Sketch of the medical history of the native army of Bombay, for the year
Year: 1872
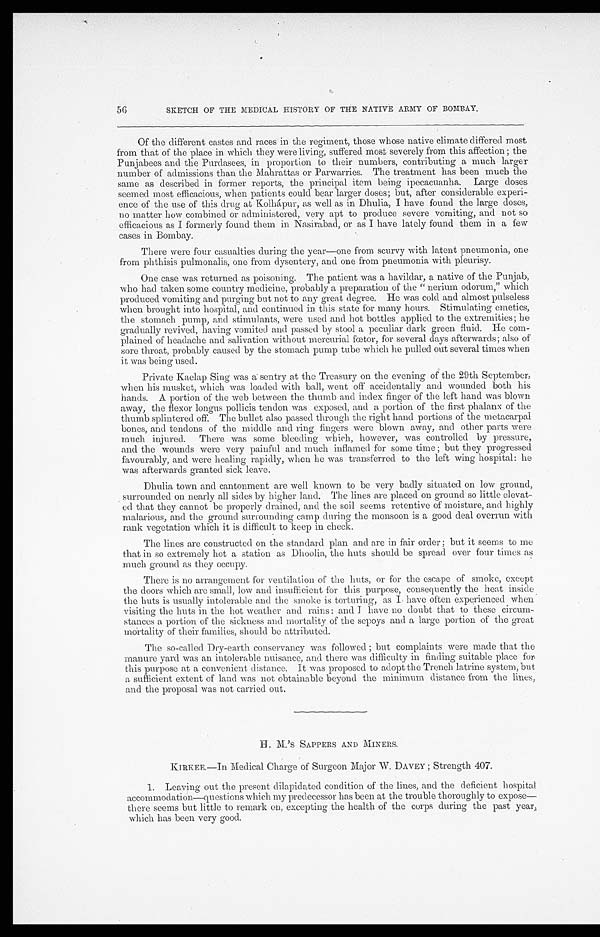
56
SKETCH OF THE MEDICAL HISTORY OF THE NATIVE ARMY OF BOMBAY.
Of the different castes and races in the regiment, those whose native climate differed most
from that of the place in which they were living, suffered most severely from this affection; the
Punjabees and the Purdasees, in proportion to their numbers, contributing a much larger
number of admissions than the Mahrattas or Parwarries. The treatment has been much the
same as described in former reports, the principal item being ipecacuanha. Large doses
seemed most efficacious, when patients could bear larger doses; but, after considerable experi-
ence of the use of this drug at Kolhápur, as well as in Dhulia, I have found the large doses,
no matter how combined or administered, very apt to produce severe vomiting, and not so
efficacious as I formerly found them in Nasirabad, or as I have lately found them in a few
cases in Bombay.
There were four casualties during the year—one from scurvy with latent pneumonia, one
from phthisis pulmonalis, one from dysentery, and one from pneumonia with pleurisy.
One case was returned as poisoning. The patient was a havildar, a native of the Punjab,
who had taken some country medicine, probably a preparation of the " nerium odorum," which
produced vomiting and purging but not to any great degree. He was cold and almost pulseless
when brought into hospital, and continued in this state for many hours. Stimulating emetics,
the stomach pump, and stimulants, were used and hot bottles applied to the extremities; he
gradually revived, having vomited and passed by stool a peculiar dark green fluid. He com-
plained of headache and salivation without mercurial fœtor, for several days afterwards; also of
sore throat, probably caused by the stomach pump tube which he pulled out several times when
it was being used.
Private Kaelap Sing was a sentry at the Treasury on the evening of the 29th September,
when his musket, which was loaded with ball, went off accidentally and wounded both his
hands. A portion of the web between the thumb and index finger of the left hand was blown
away, the flexor longus pollicis tendon was exposed, and a portion of the first phalanx of the
thumb splintered off. The bullet also passed through the right hand portions of the metacarpal
bones, and tendons of the middle and ring fingers were blown away, and other parts were
much injured. There was some bleeding which, however, was controlled by pressure,
and the wounds were very painful and much inflamed for some time; but they progressed
favourably, and were healing rapidly, when he was transferred to the left wing hospital: he
was afterwards granted sick leave.
Dhulia town and cantonment are well known to be very badly situated on low ground,
surrounded on nearly all sides by higher land. The lines are placed on ground so little elevat-
ed that they cannot be properly drained, and the soil seems retentive of moisture, and highly
malarious, and the ground surrounding camp during the monsoon is a good deal overrun with
rank vegetation which it is difficult to keep in check.
The lines are constructed on the standard plan and are in fair order; but it seems to me
that in so extremely hot a station as Dhoolia, the huts should be spread over four times as
much ground as they occupy.
There is no arrangement for ventilation of the huts, or for the escape of smoke, except
the doors which are small, low and insufficient for this purpose, consequently the heat inside
the huts is usually intolerable and the smoke is torturing, as I have often experienced when
visiting the huts in the hot weather and rains: and I have no doubt that to these circum-
stances a portion of the sickness and mortality of the sepoys and a large portion of the great
mortality of their families, should be attributed.
The so-called Dry-earth conservancy was followed; but complaints were made that the
manure yard was an intolerable nuisance, and there was difficulty in finding suitable place for
this purpose at a convenient distance. It was proposed to adopt the Trench latrine system, but
a sufficient extent of' land was not obtainable beyond the minimum distance from the lines,
and the proposal was not carried out.
H. M. 'S SAPPERS AND MINERS.
KIRKEE.—In Medical Charge of Surgeon Major W. DAVEY; Strength 407.
1. Leaving out the present dilapidated condition. of the lines, and the deficient hospital
accommodation—questions which my predecessor has been at the trouble thoroughly to expose—
there seems but little to remark on, excepting the health of the corps during the past year,
which has been very good.